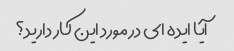
آیا ایده ای در مورد این کار دارید؟